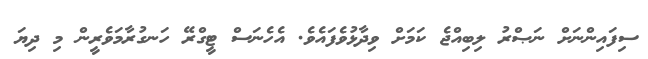
ސިފައިންނަށް ނަޞްރު ލިބިއްޖެ ކަމަށް ވިދާޅުވެފައެވެ. އެހެނަސް ޓީގްރޭ ހަނގުރާމަވެރީން މި ދިޔަ